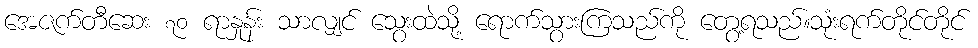
အေဇက်တီဆေး ၇၀ ရာနှုန်း သာလျှင် သွေးထဲသို့ ရောက်သွားကြသည်ကို တွေ့ရသည်။သုံးရက်တိုင်တိုင်